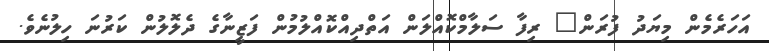
އަހަރެމެން މިޔަދު ފުރަން" ރިފާ ސަލާމްކޮއްލަން އަތްދިއްކޮއްލުމުން ފަޒީނާގެ ދެލޮލުން ކަރުނަ ހިލުނެވެ.